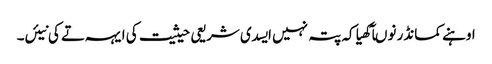
اوہنے کمانڈر نوںآکھیا کہ پتہ نہیں ایسدی شریعی حیثیت کی ایہہ تے کی نیئں۔